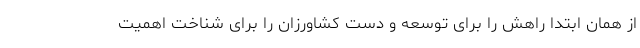
از همان ابتدا راهش را برای توسعه و دست کشاورزان را برای شناخت اهمیت